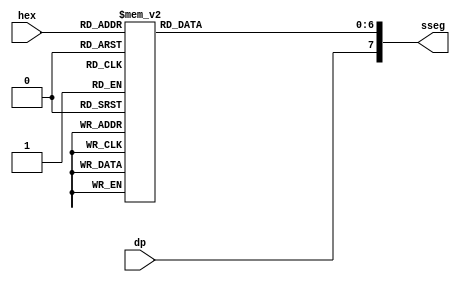
`timescale 1ns / 1ps
//////////////////////////////////////////////////////////////////////////////////
// Company: 
// Engineer: 
// 
// Design Name: 
// Module Name:    hex_to_sseg 
// Project Name: 
// Target Devices: 
// Tool versions: 
// Description: 
//
// Dependencies: 
//
// Revision: 
// Revision 0.01 - File Created
// Additional Comments: 
//
//////////////////////////////////////////////////////////////////////////////////
module hex_to_sseg(
	input wire [3:0] hex,
	input wire dp,
	output reg [7:0] sseg
    );

	always @*
	begin
		case(hex)
			4'h0: sseg[6:0] = 7'b0000001;
			4'h1: sseg[6:0] = 7'b1001111;
			4'h2: sseg[6:0] = 7'b0010010;
			4'h3: sseg[6:0] = 7'b0000110;
			4'h4: sseg[6:0] = 7'b1001100;
			4'h5: sseg[6:0] = 7'b0100100;
			4'h6: sseg[6:0] = 7'b0100000;
			4'h7: sseg[6:0] = 7'b0001111;
			4'h8: sseg[6:0] = 7'b0000000;
			4'h9: sseg[6:0] = 7'b0000100;
			4'ha: sseg[6:0] = 7'b0001000;
			4'hb: sseg[6:0] = 7'b1100000;
			4'hc: sseg[6:0] = 7'b0110001;
			4'hd: sseg[6:0] = 7'b1000010;
			4'he: sseg[6:0] = 7'b0110000;
			4'hf: sseg[6:0] = 7'b0111000;
		endcase
		sseg[7]=dp;
	end
endmodule